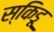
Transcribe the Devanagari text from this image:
स्किडू